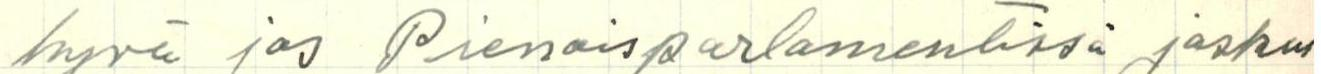
hyvä jos Pienoisparlamentissä joskus